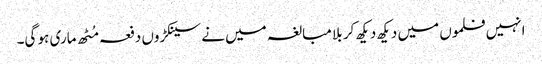
انہیں فلموں میں دیکھ دیکھ کر بلا مبالغہ میں نے سینکڑوں دفعہ مُٹھ ماری ہو گی۔